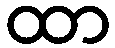
ထာ